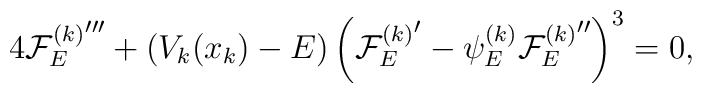
4{{\cal F}_E^{(k)}}'''+(V_k(x_k)-E)\left({{\cal F}_E^{(k)}}'-\psi^{(k)}_E{{\cal F}_E^{(k)}}''\right)^3=0,